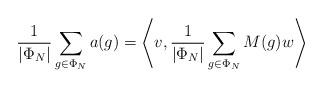
LaTeX: \begin{align*}\frac{1}{|\Phi_N|} \sum_{g \in \Phi_N} a(g)=\left\langle v,\frac{1}{|\Phi_N|} \sum_{g \in \Phi_N} M(g) w\right\rangle\end{align*}